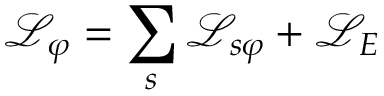
\mathcal { L } _ { \varphi } = \sum _ { s } \mathcal { L } _ { s \varphi } + \mathcal { L } _ { E }